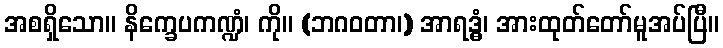
အစရှိသော။ နိက္ခေပကဏ္ဍံ၊ ကို။ (ဘဂဝတာ၊) အာရဒ္ဓံ၊ အားထုတ်တော်မူအပ်ပြီ။